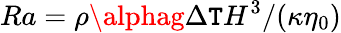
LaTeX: Ra=\rho\alphag\Delta\mathtt{T}H^{3}/(\kappa\eta_{0})